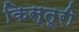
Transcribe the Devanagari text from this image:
किस्तूरी